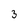
Character: 3